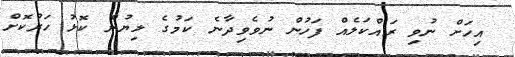
އިހަށް ނުވި ރައްކަލެއް ފަހުން ނުވެވިދާނެ ކަމުގެ ލިޔުން ކޮޅު ހަރުކޮށް